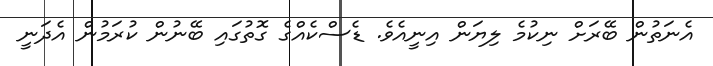
އެނަތުން ބޭރަށް ނިކުމެ ލިޔަން އިނީއެވެ. ޑެސްކެއްގެ ގޮތުގައި ބޭނުން ކުރަމުން އެދަނީ